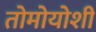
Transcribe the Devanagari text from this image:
तोमोयोशी